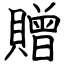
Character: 贈